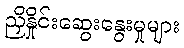
ညှိနှိုင်းဆွေးနွေးမှုများ